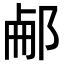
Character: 𨛖